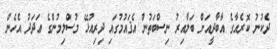
ދެކުނު ކޮރެއާގެ އާބާދީއަށް ބަލާއިރު ނިސްބަތުން އެޤައުމުގައި ދިރިއުޅޭ މުސްލިމުންގެ ޢަދަދު އެހެން